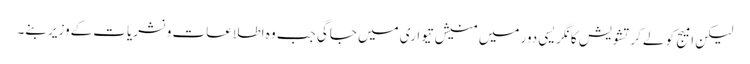
لیکن امیج کو لےکرتشویش کانگریسی دور میں منیش تیواری میں جاگی جب وہ اطلاعات ونشریات کےوزیر بنے۔